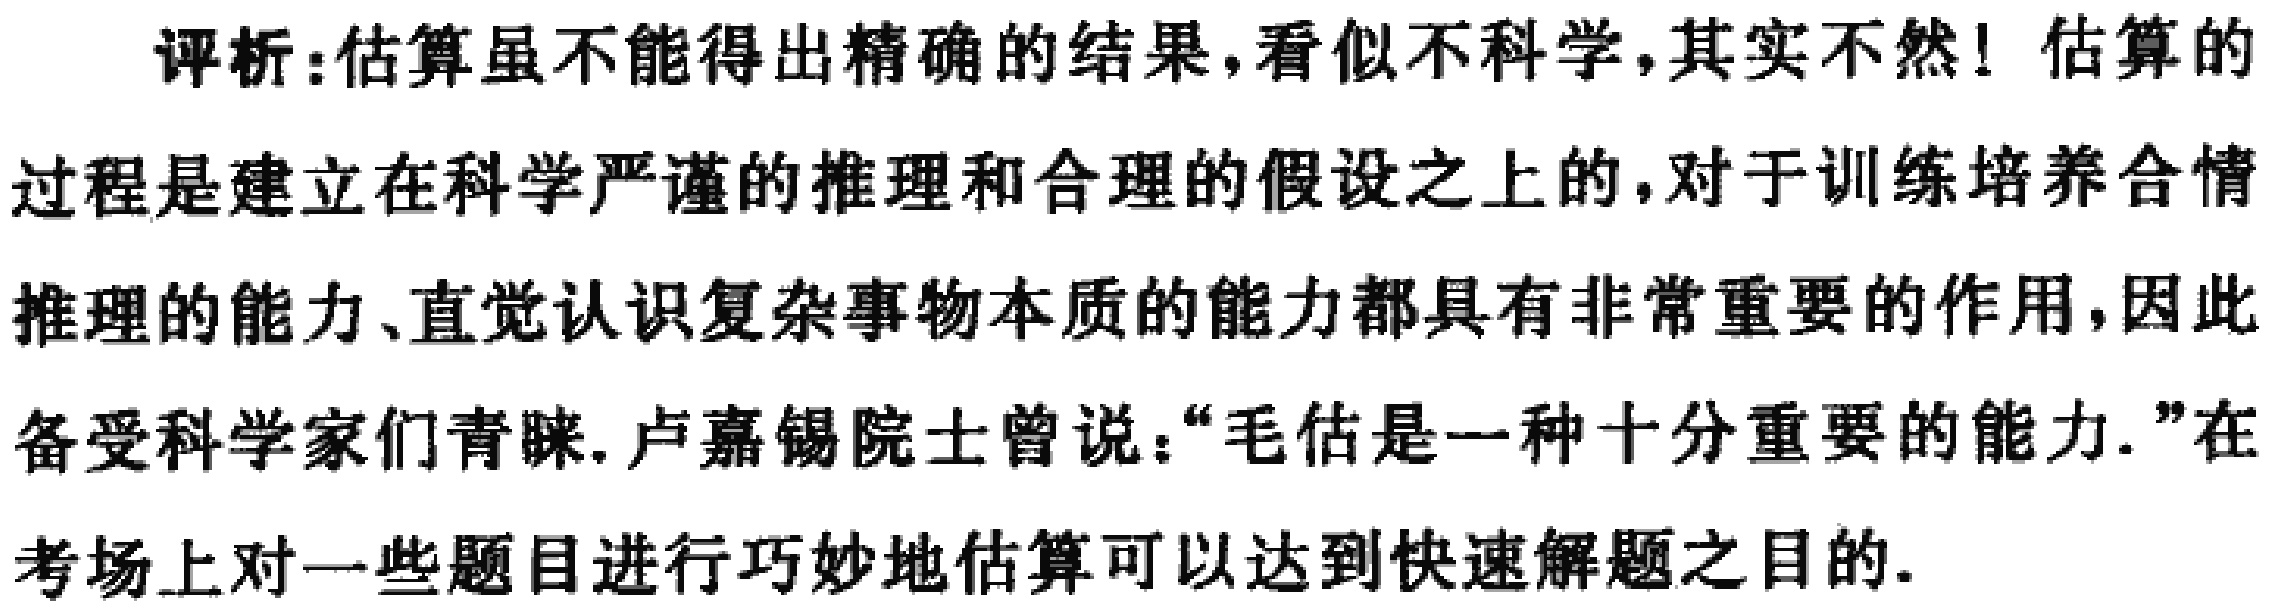
评析：估算虽不能得出精确的结果，看似不科学，其实不然！估算的过程是建立在科学严谨的推理和合理的假设之上的，对于训练培养合情推理的能力、直觉认识复杂事物本质的能力都具有非常重要的作用，因此备受科学家们青睐. 卢嘉锡院士曾说：“毛估是一种十分重要的能力.”在考场上对一些题目进行巧妙地估算可以达到快速解题之目的.